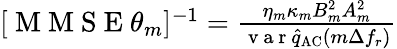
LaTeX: \begin{array}{r}{[\mathrm{~M~M~S~E~}\theta_{m}]^{-1}=\frac{\eta_{m}\kappa_{m}B_{m}^{2}A_{m}^{2}}{\mathrm{~v~a~r~}\hat{q}_{\mathrm{AC}}(m\Delta f_{r})}}\end{array}